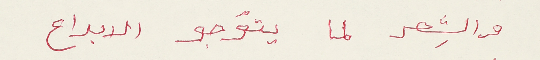
والشِعر لما يتوجو الابداع